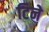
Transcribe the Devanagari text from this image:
टिने